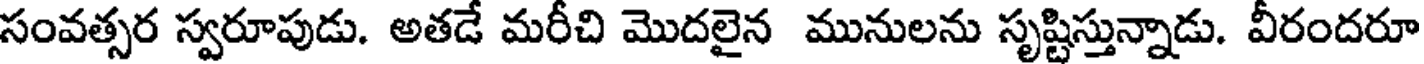
సంవత్సర స్వరూపుడు. అతడే మరీచి మొదలైన మునులను సృష్టిస్తున్నాడు. వీరందరూ